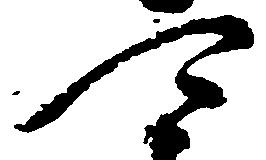
可